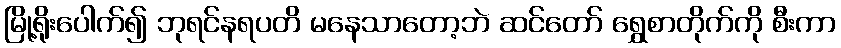
မြို့ရိုးပေါက်၍ ဘုရင်နရပတိ မနေသာတော့ဘဲ ဆင်တော် ရွှေစာတိုက်ကို စီးကာ